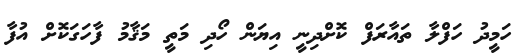
ހަމީދު ހަފްލާ ތައާރަފް ކޮށްދިނީ އިޔަން ހޯދި މަތީ މަޤާމު ފާހަގަކޮށް އުފާ